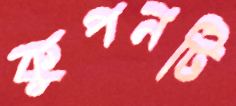
কুপনটি